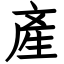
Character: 產